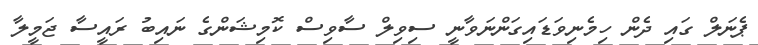
ޕެނަލް ގައި ދެން ހިމެނިވަޑައިގަންނަވާނީ ސިވިލް ސާވިސް ކޮމިޝަންގެ ނައިބު ރައީސާ ޖަމީލާ